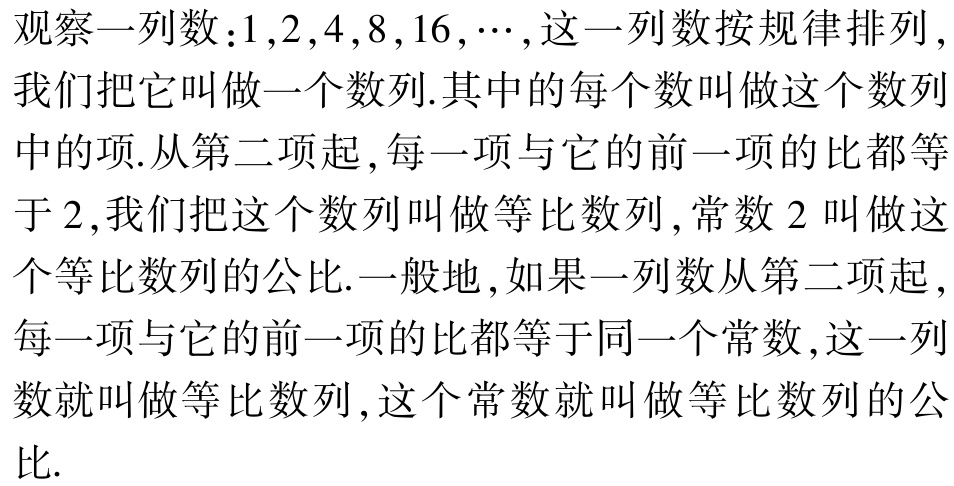
观察一列数：\(1,2,4,8,16,\cdots\)，这一列数按规律排列，我们把它叫做一个数列.其中的每个数叫做这个数列中的项.从第二项起，每一项与它的前一项的比都等于\(2\)，我们把这个数列叫做等比数列，常数\(2\)叫做这个等比数列的公比.一般地，如果一列数从第二项起，每一项与它的前一项的比都等于同一个常数，这一列数就叫做等比数列，这个常数就叫做等比数列的公比.